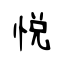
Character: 悦